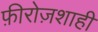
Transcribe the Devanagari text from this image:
फ़ीरोज़शाही